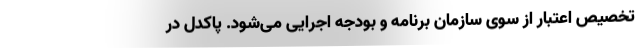
تخصیص اعتبار از سوی سازمان برنامه و بودجه اجرایی می‌شود. پاکدل در